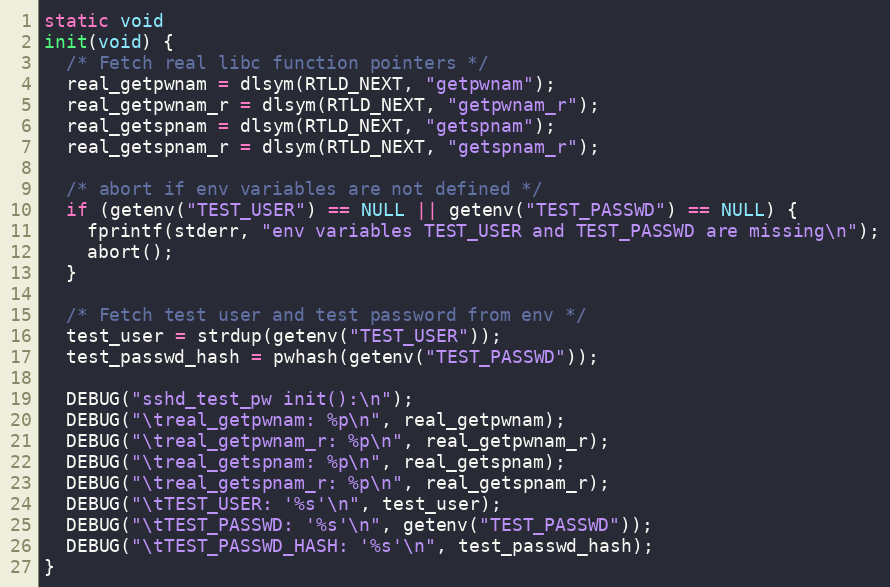
Language: C
static void
init(void) {
  /* Fetch real libc function pointers */
  real_getpwnam = dlsym(RTLD_NEXT, "getpwnam");
  real_getpwnam_r = dlsym(RTLD_NEXT, "getpwnam_r");
  real_getspnam = dlsym(RTLD_NEXT, "getspnam");
  real_getspnam_r = dlsym(RTLD_NEXT, "getspnam_r");

  /* abort if env variables are not defined */
  if (getenv("TEST_USER") == NULL || getenv("TEST_PASSWD") == NULL) {
    fprintf(stderr, "env variables TEST_USER and TEST_PASSWD are missing\n");
    abort();
  }

  /* Fetch test user and test password from env */
  test_user = strdup(getenv("TEST_USER"));
  test_passwd_hash = pwhash(getenv("TEST_PASSWD"));

  DEBUG("sshd_test_pw init():\n");
  DEBUG("\treal_getpwnam: %p\n", real_getpwnam);
  DEBUG("\treal_getpwnam_r: %p\n", real_getpwnam_r);
  DEBUG("\treal_getspnam: %p\n", real_getspnam);
  DEBUG("\treal_getspnam_r: %p\n", real_getspnam_r);
  DEBUG("\tTEST_USER: '%s'\n", test_user);
  DEBUG("\tTEST_PASSWD: '%s'\n", getenv("TEST_PASSWD"));
  DEBUG("\tTEST_PASSWD_HASH: '%s'\n", test_passwd_hash);
}